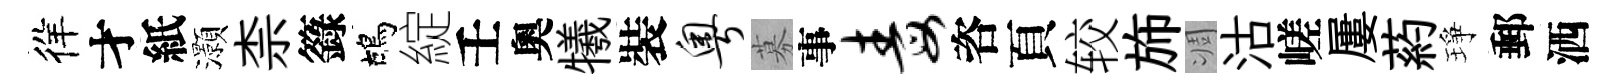
徉才紙灝柰籙鴣綻壬奧犧裝粤募事毒咨頁较斾凋沽嵯屢葯琤郵洒